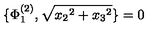
\{ \Phi _ { 1 } ^ { ( 2 ) } , \sqrt { { x _ { 2 } } ^ { 2 } + { x _ { 3 } } ^ { 2 } } \} = 0